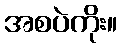
အစပဲကိုး။